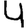
Digit: 4